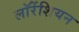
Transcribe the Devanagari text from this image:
लॉरेंशियन